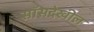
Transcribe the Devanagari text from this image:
सॉसदेखील